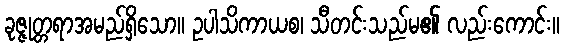
ခုဇ္ဇုတ္တရာအမည်ရှိသော။ ဥပါသိကာယစ၊ သီတင်းသည်မ၏ လည်းကောင်း။